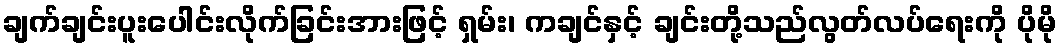
ချက်ချင်းပူးပေါင်းလိုက်ခြင်းအားဖြင့် ရှမ်း၊ ကချင်နှင့် ချင်းတို့သည်လွတ်လပ်ရေးကို ပိုမို